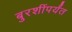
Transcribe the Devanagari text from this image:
बुरशींपर्यंत